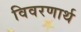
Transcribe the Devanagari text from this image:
विवरणार्थ